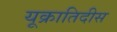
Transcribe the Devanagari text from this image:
यूक्रातिदीस